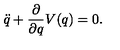
\ddot { q } + \frac { \partial } { \partial q } V ( q ) = 0 .